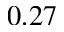
0 . 2 7